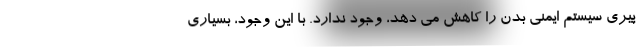
پیری سیستم ایمنی بدن را کاهش می دهد، وجود ندارد. با این وجود، بسیاری